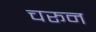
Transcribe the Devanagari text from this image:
चरून